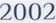
2002